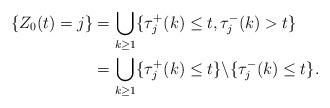
LaTeX: \begin{align*} \{Z_0(t)=j\} &= \bigcup_{k\geq 1}\{\tau_j^+(k)\leq t, \tau_j^-(k)>t\} \\ &=\bigcup_{k\geq 1}\{\tau_j^+(k)\leq t\}\backslash\{\tau_j^-(k)\leq t\}.\end{align*}